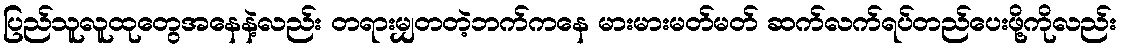
ပြည်သူလူထုတွေအနေနဲ့လည်း တရားမျှတတဲ့ဘက်ကနေ မားမားမတ်မတ် ဆက်လက်ရပ်တည်ပေးဖို့ကိုလည်း